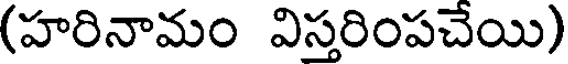
(హరినామం విస్తరింపచేయి)